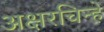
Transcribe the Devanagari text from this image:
अक्षरचिन्हे